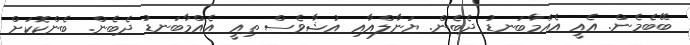
ބޭބެމެން. އެއީ އެއްމާބަނޑު ދެބެން. ޔަނާލްއާއި އުޝާވެސް ތިއީ އެއްމާބަނޑު ދެބެން. ބެންކޮކަށް